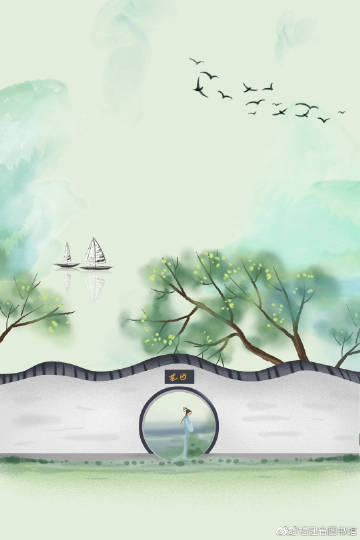
晚春盘马踏青苔，曾傍绿阴深驻。